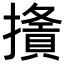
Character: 𢶦